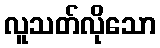
လူသတ်လိုသော